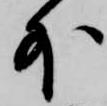
外